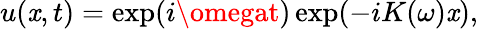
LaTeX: u(\mathit{x},t)=\exp(i\omegat)\exp(-iK(\omega)\mathit{x}),